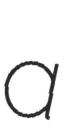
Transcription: a